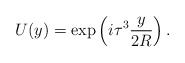
\begin{align*}U(y) = \exp \left( i \tau^{3} \frac{y}{2R} \right).\end{align*}